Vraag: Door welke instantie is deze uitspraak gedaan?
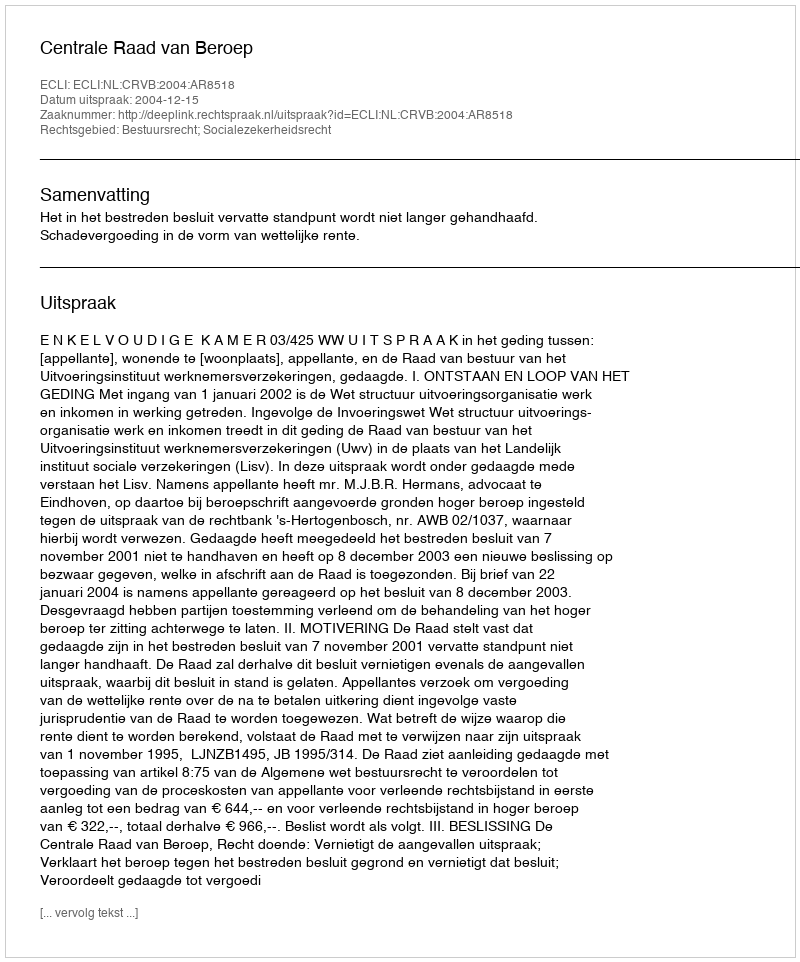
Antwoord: Centrale Raad van Beroep